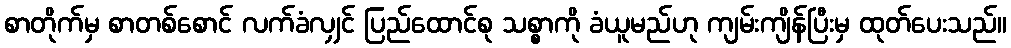
စာတိုက်မှ စာတစ်စောင် လက်ခံလျှင် ပြည်ထောင်စု သစ္စာကို ခံယူမည်ဟု ကျမ်းကျိန်ပြီးမှ ထုတ်ပေးသည်။